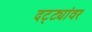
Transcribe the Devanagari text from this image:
दट्ट्यांवर